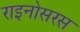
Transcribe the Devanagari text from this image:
राइनोसरस